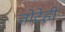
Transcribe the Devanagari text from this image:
तोटेही